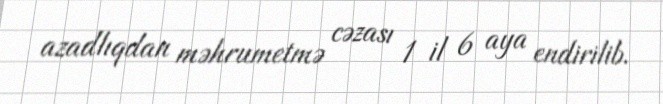
azadlıqdan məhrumetmə cəzası 1 il 6 aya endirilib.